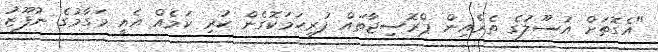
"އެގޮތަށް އުސޫލުގެ ތެރެއިން ޕްރޮސިޖާތައް ފުރިހަމަކޮގެން ކުރި ކަމެއް އެއީ މަގާމުގެ ނުފޫޒު